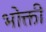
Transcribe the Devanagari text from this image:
भोक्ती